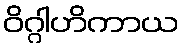
ဝိဂ္ဂါဟိကာယ